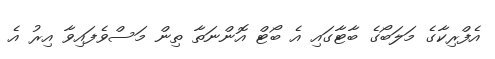
އެފްރިކާގެ މަލަބޯގެ ބާޓާގައި އެ ބޯޓް އޮންނަތާ ތިން މަސްވެފައިވާ އިރު އެ